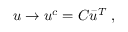
u \rightarrow u ^ { c } = C \bar { u } ^ { T } \; ,